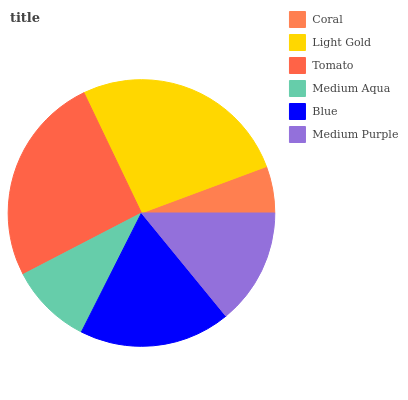
| Coral | Light Gold | Tomato | Medium Aqua | Blue | Medium Purple |
 | --- | --- | --- | --- | --- | --- |
 | 5.67% | 26.4% | 25.5% | 9.96% | 18.3% | 14.1% |